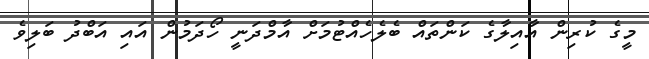
މީގެ ކުރިން އާއިލާގެ ކަންތައް ބެލެހެއްޓުމަށް އާމްދަނީ ހޯދަމުން އައި އަބްދު ބަލިވެ